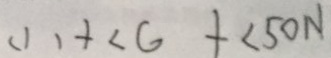
( 1 ) + < G \pm < 5 0 N